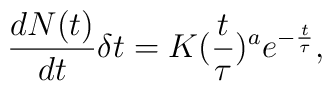
\frac{dN(t)}{dt}\delta t=K(\frac{t}{\tau})^{a}e^{-\frac{t}{\tau}},